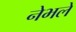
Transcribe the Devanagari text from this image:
नेभले